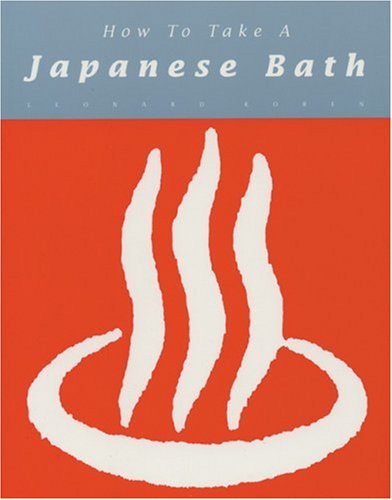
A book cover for How to Take a Japanese Bath; Leonard Koren; Travel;